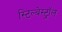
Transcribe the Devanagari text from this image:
स्टिल्बेस्ट्रॉल